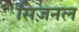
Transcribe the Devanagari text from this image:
सिज़नल